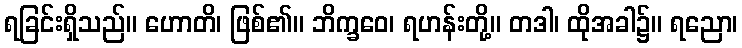
ရခြင်းရှိသည်။ ဟောတိ၊ ဖြစ်၏။ ဘိက္ခဝေ၊ ရဟန်းတို့။ တဒါ၊ ထိုအခါ၌။ ရညော၊